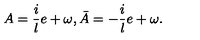
A = \frac { i } { l } e + \omega , \bar { A } = - \frac { i } { l } e + \omega .